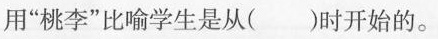
用”桃李”比喻学生是从( )时开始的。